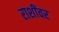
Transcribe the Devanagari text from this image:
राशींवर